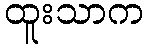
ထူးသာက